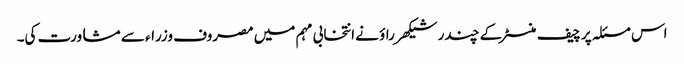
اس مسئلہ پر چیف منسٹر کے چندر شیکھر راؤ نے انتخابی مہم میں مصروف وزراء سے مشاورت کی۔